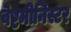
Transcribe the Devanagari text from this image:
वेष्टमीनिस्टर